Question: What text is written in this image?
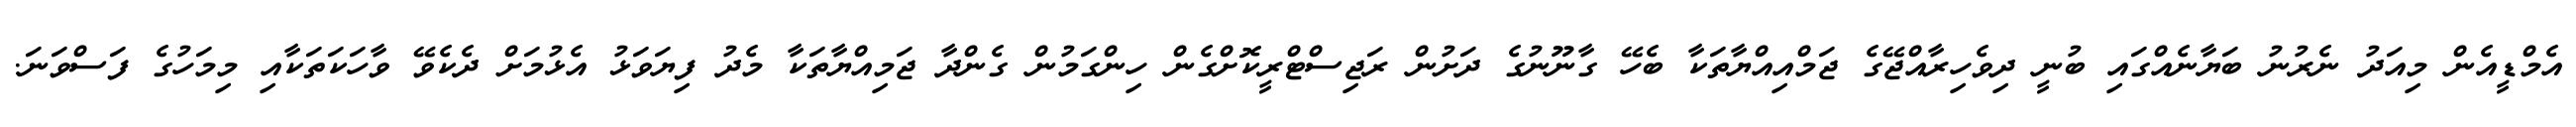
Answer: އެމްޑީއެން މިއަދު ނެރުނު ބަޔާނެއްގައި ބުނީ ދިވެހިރާއްޖޭގެ ޖަމްއިއްޔާތަކާ ބެހޭ ގާނޫނުގެ ދަށުން ރަޖިސްޓްރީކޮށްގެން ހިންގަމުން ގެންދާ ޖަމިއްޔާތަކާ މެދު ފިޔަވަޅު އެޅުމަށް ދެކެވޭ ވާހަކަތަކާއި މިމަހުގެ ފަސްވަނަ.